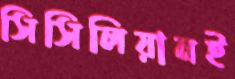
সিসিলিয়ানই